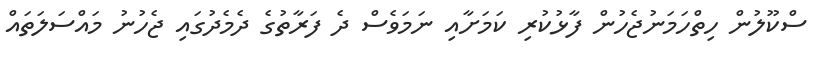
ސްކޫލުން ހިތްހަމަނުޖެހުން ފާޅުކުރި ކަމަށާއި ނަމަވެސް ދެ ފަރާތުގެ ދެމެދުގައި ޖެހުނު މައްސަލަތައް